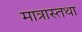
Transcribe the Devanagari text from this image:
मात्रास्तथा